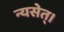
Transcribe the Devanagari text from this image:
न्यसेत्‌।